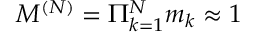
M ^ { ( N ) } = \Pi _ { k = 1 } ^ { N } m _ { k } \approx 1